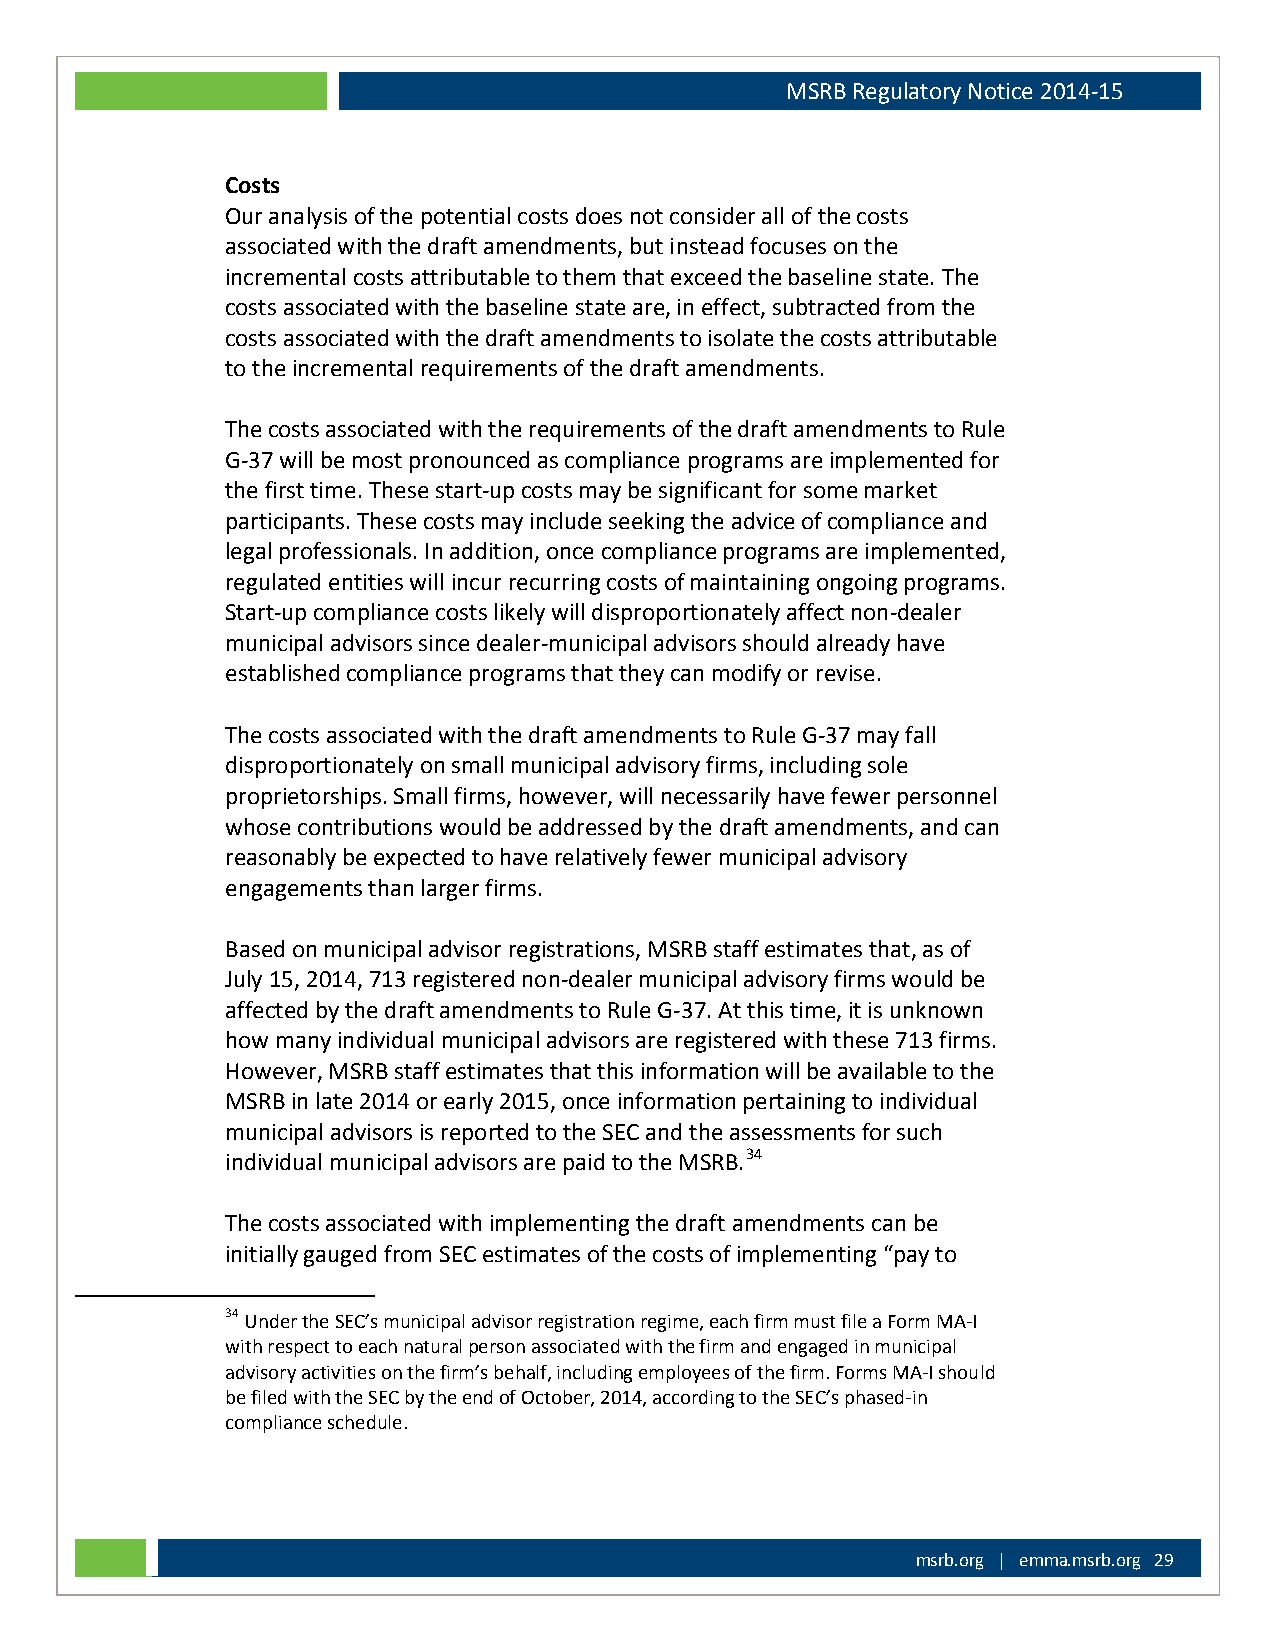
MSRB Regulatory Notice 2014-15
 Costs
 Our analysis of the potential costs does not consider all of the costs
 associated with the draft amendments, but instead focuses on the
 incremental costs attributable to them that exceed the baseline state. The
 costs associated with the baseline state are, in effect, subtracted from the
 costs associated with the draft amendments to isolate the costs attributable
 to the incremental requirements of the draft amendments.
 The costs associated with the requirements of the draft amendments to Rule
 G-37 will be most pronounced as compliance programs are implemented for
 the first time. These start-up costs may be significant for some market
 participants. These costs may include seeking the advice of compliance and
 legal professionals. In addition, once compliance programs are implemented,
 regulated entities will incur recurring costs of maintaining ongoing programs.
 Start-up compliance costs likely will disproportionately affect non-dealer
 municipal advisors since dealer-municipal advisors should already have
 established compliance programs that they can modify or revise.
 The costs associated with the draft amendments to Rule G-37 may fall
 disproportionately on small municipal advisory firms, including sole
 proprietorships. Small firms, however, will necessarily have fewer personnel
 whose contributions would be addressed by the draft amendments, and can
 reasonably be expected to have relatively fewer municipal advisory
 engagements than larger firms.
 Based on municipal advisor registrations, MSRB staff estimates that, as of
 July 15, 2014, 713 registered non-dealer municipal advisory firms would be
 affected by the draft amendments to Rule G-37. At this time, it is unknown
 how many individual municipal advisors are registered with these 713 firms.
 However, MSRB staff estimates that this information will be available to the
 MSRB in late 2014 or early 2015, once information pertaining to individual
 municipal advisors is reported to the SEC and the assessments for such
 individual municipal advisors are paid to the MSRB.34
 The costs associated with implementing the draft amendments can be
 initially gauged from SEC estimates of the costs of implementing “pay to
 34 Under the SEC’s municipal advisor registration regime, each firm must file a Form MA-I
 with respect to each natural person associated with the firm and engaged in municipal
 advisory activities on the firm’s behalf, including employees of the firm. Forms MA-I should
 be filed with the SEC by the end of October, 2014, according to the SEC’s phased-in
 compliance schedule.
 msrb.org | emma.msrb.org 29